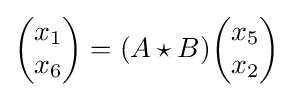
{\begin{pmatrix}x_{1}\\x_{6}\end{pmatrix}}=(A\star B){\begin{pmatrix}x_{5}\\x_{2}\end{pmatrix}}